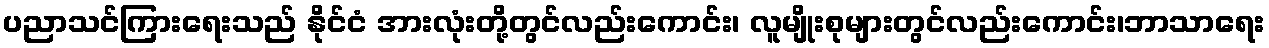
ပညာသင်ကြားရေးသည် နိုင်ငံ အားလုံးတို့တွင်လည်းကောင်း၊ လူမျိုးစုများတွင်လည်းကောင်း၊ဘာသာရေး